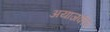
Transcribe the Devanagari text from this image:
अयाजकीय